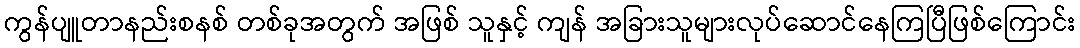
ကွန်ပျူတာနည်းစနစ် တစ်ခုအတွက် အဖြစ် သူနှင့် ကျန် အခြားသူများလုပ်ဆောင်နေကြပြီဖြစ်ကြောင်း